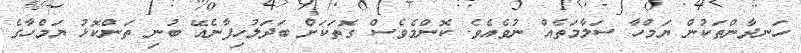
ހަނދާންތަކުން ޔަމްހާ ސަލާމަތެއް ނުވެއެވެ. ކޮންމެވެސް ގޮތަކަށް ބަދަލުހިފާނެއޭ ބުނި ތަންކޮޅު ޔަމްހާގެ